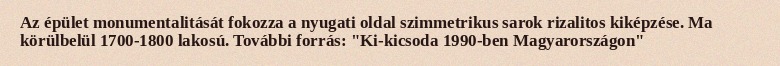
Az épület monumentalitását fokozza a nyugati oldal szimmetrikus sarok rizalitos kiképzése. Ma körülbelül 1700-1800 lakosú. További forrás: "Ki-kicsoda 1990-ben Magyarországon"